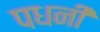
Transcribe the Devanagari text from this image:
पधनी